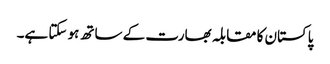
پاکستان کا مقابلہ بھارت کے ساتھ ہو سکتا ہے۔